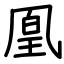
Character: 凰